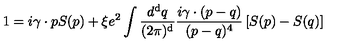
1 = i \gamma \cdot p S ( p ) + \xi e ^ { 2 } \int \frac { d ^ { \mathrm { d } } q } { ( 2 \pi ) ^ { \mathrm { d } } } \frac { i \gamma \cdot ( p - q ) } { ( p - q ) ^ { 4 } } \left[ S ( p ) - S ( q ) \right]